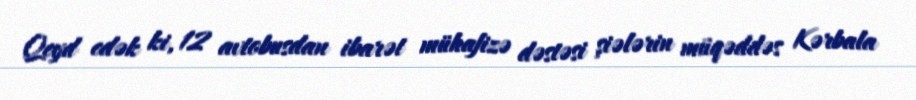
Qeyd edək ki, 12 avtobusdan ibarət mühafizə dəstəsi şiələrin müqəddəs Kərbala